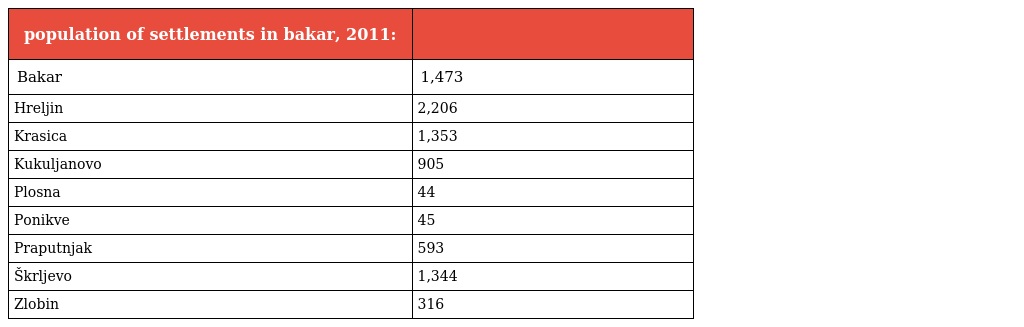
| population of settlements in bakar, 2011: |  |
 | --- | --- |
 | Bakar | 1,473 |
 | Hreljin | 2,206 |
 | Krasica | 1,353 |
 | Kukuljanovo | 905 |
 | Plosna | 44 |
 | Ponikve | 45 |
 | Praputnjak | 593 |
 | Škrljevo | 1,344 |
 | Zlobin | 316 |